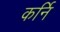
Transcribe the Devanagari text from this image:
कर्नि